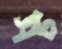
সট